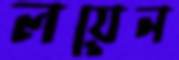
লয়েন